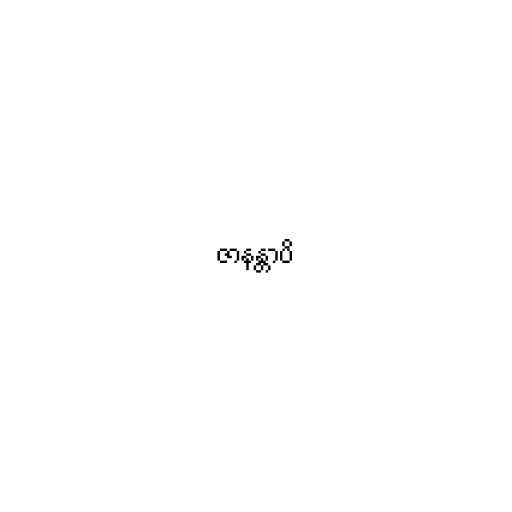
ဇာနန္တာပိ